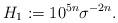
LaTeX: \begin{align*}H_{1} : = 10^{5n} \sigma^{-2n}.\end{align*}